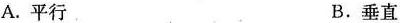
A.平行 B.垂直